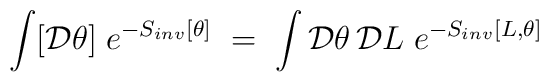
\int [{\mathcal D} \theta ] \; e^{ - S_{inv}[\theta] }\;=\; \int {\mathcal D}\theta \, {\mathcal D}L \; e^{-S_{inv}[L,\theta]}